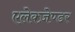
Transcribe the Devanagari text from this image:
एलेक्ज़ेण्डर